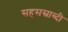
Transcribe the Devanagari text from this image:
सहसस्राब्दी